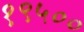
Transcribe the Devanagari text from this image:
१९५००